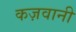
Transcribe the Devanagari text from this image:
कज़वानी